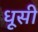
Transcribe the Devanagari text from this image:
धूसी